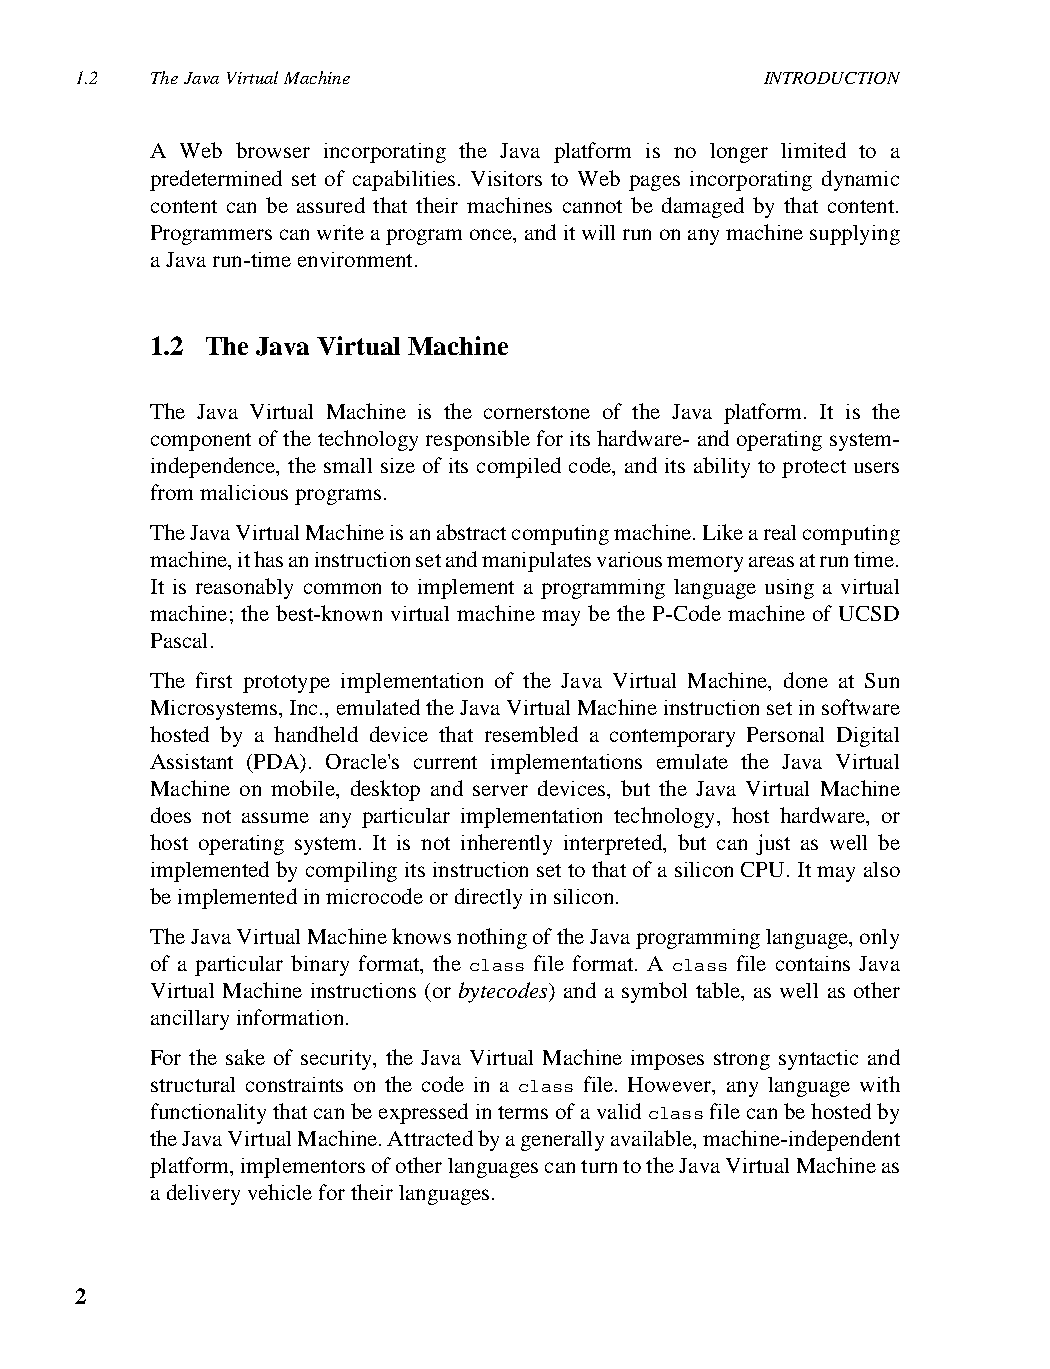
1.2  The Java Virtual Machine                 INTRODUCTION
 A Web browser incorporating the Java platform is no longer limited to a
 predetermined set of capabilities. Visitors to Web pages incorporating dynamic
 content can be assured that their machines cannot be damaged by that content.
 Programmers can write a program once, and it will run on any machine supplying
 a Java run-time environment.
 1.2 The Java Virtual Machine
 The Java Virtual Machine is the cornerstone of the Java platform. It is the
 component of the technology responsible for its hardware- and operating system-
 independence, the small size of its compiled code, and its ability to protect users
 from malicious programs.
 The Java Virtual Machine is an abstract computing machine. Like a real computing
 machine, it has an instruction set and manipulates various memory areas at run time.
 It is reasonably common to implement a programming language using a virtual
 machine; the best-known virtual machine may be the P-Code machine of UCSD
 Pascal.
 The first prototype implementation of the Java Virtual Machine, done at Sun
 Microsystems, Inc., emulated the Java Virtual Machine instruction set in software
 hosted by a handheld device that resembled a contemporary Personal Digital
 Assistant (PDA). Oracle's current implementations emulate the Java Virtual
 Machine on mobile, desktop and server devices, but the Java Virtual Machine
 does not assume any particular implementation technology, host hardware, or
 host operating system. It is not inherently interpreted, but can just as well be
 implemented by compiling its instruction set to that of a silicon CPU. It may also
 be implemented in microcode or directly in silicon.
 The Java Virtual Machine knows nothing of the Java programming language, only
 of a particular binary format, the class file format. A class file contains Java
 Virtual Machine instructions (or bytecodes) and a symbol table, as well as other
 ancillary information.
 For the sake of security, the Java Virtual Machine imposes strong syntactic and
 structural constraints on the code in a class file. However, any language with
 functionality that can be expressed in terms of a valid class file can be hosted by
 the Java Virtual Machine. Attracted by a generally available, machine-independent
 platform, implementors of other languages can turn to the Java Virtual Machine as
 a delivery vehicle for their languages.
 2